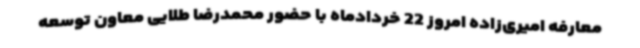
معارفه امیری‌زاده امروز 22 خردادماه با حضور محمدرضا طلایی معاون توسعه